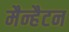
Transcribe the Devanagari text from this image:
मैन्हैटन